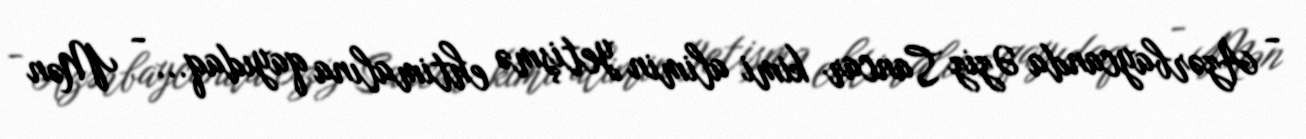
- Azərbaycanda Əziz Sancar kimi alimin yetişmə ehtimalına qayıdaq... - Mən